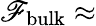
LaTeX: \mathscr{F}_{\mathrm{{bulk}}}\approx